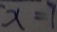
x = 7